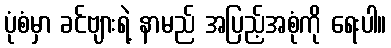
ပုံစံမှာ ခင်ဗျားရဲ့ နာမည် အပြည့်အစုံကို ရေးပါ။